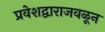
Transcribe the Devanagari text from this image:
प्रवेशद्वाराजवळून